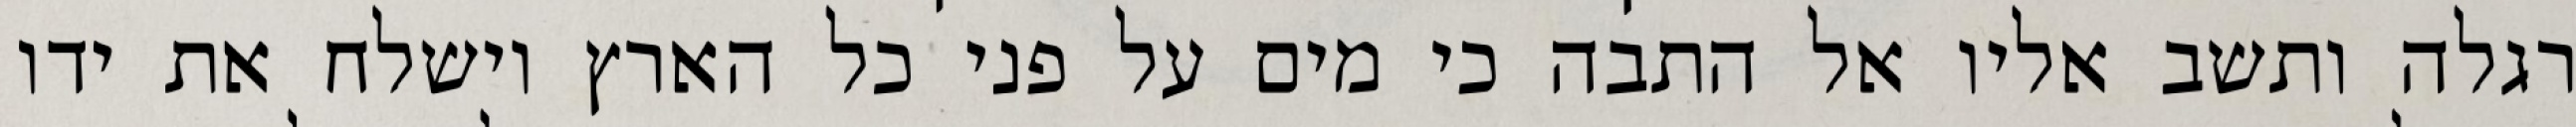
רגלה ותשב אליו אל התבה כי מים על פני כל הארץ וישלח את ידו